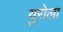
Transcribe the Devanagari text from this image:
युरोला